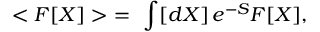
< { \cal F } [ X ] > \ = \ \int [ d X ] \, e ^ { - S } { \cal F } [ X ] ,